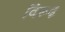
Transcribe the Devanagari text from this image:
विरूढ़